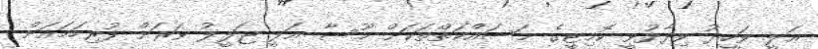
ޢަލީ ވަހީދު ވިދާޅުވީ ކޮމިޓީގެ މަސައްކަތްތަކަށް މޫސާ ޢަލީ ޖަލީލު ވަރަށް ފުރިހަމައަށް